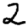
Digit: 2